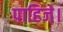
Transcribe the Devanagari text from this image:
पाहिजे।